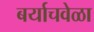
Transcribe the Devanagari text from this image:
बर्याचवेळा